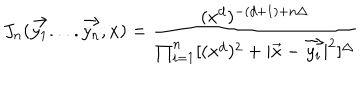
J _ { n } ( \vec { y _ { 1 } } . . . . \vec { y _ { n } } , x ) = \frac { ( x ^ { d } ) ^ { - ( d + 1 ) + n \Delta } } { \prod _ { i = 1 } ^ { n } [ ( x ^ { d } ) ^ { 2 } + | \vec { x } - \vec { y _ { i } } | ^ { 2 } ] ^ { \Delta } }